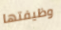
وظيفتها